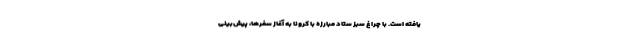
یافته است. با چراغ سبز ستاد مبارزه با کرونا به آغاز سفرها، پیش‌بینی